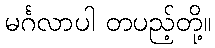
မင်္ဂလာပါ တပည့်တို့။